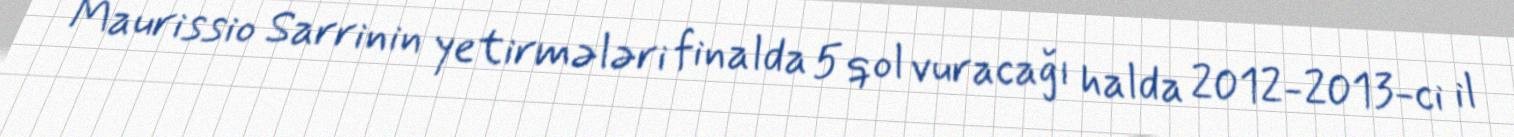
Maurissio Sarrinin yetirmələri finalda 5 qol vuracağı halda 2012-2013-ci il